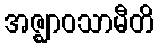
အဇ္ဈာဝသာမီတိ